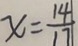
x = \frac { 1 4 } { 1 7 }